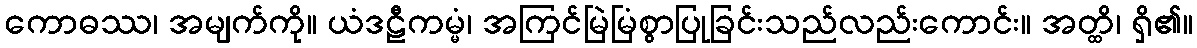
ကောဓဿ၊ အမျက်ကို။ ယံဒဠီကမ္မံ၊ အကြင်မြဲမြံစွာပြုခြင်းသည်လည်းကောင်း။ အတ္ထိ၊ ရှိ၏။